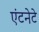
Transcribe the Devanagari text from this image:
एंटनेटे